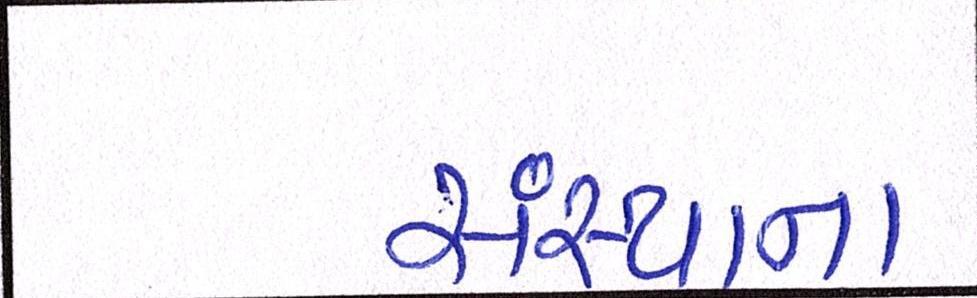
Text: સંસ્થાના